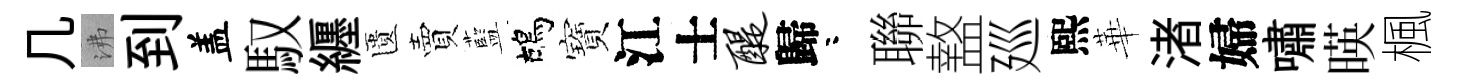
几沸到盖馭纒匱賣藍鴣寶江士醍歸咯聯盩廵熙華渚婦嘯暎楓